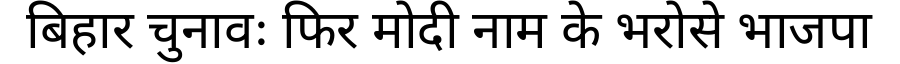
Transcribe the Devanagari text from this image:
बिहार चुनावः फिर मोदी नाम के भरोसे भाजपा